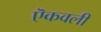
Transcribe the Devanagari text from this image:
ऎकवली